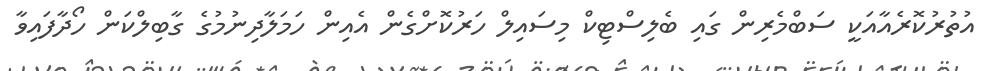
އުތުރުކޮރެއާއަކީ ސަބްމެރިން ގައި ބެލިސްޓިކް މިސައިލް ހަރުކޮށްގެން އެއިން ހަމަލާދިނުމުގެ ގާބިލްކަން ހޯދާފައިވާ